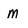
Character: M